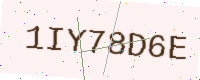
Text: 1IY78D6E